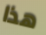
هذا